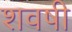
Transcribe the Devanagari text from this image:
शवषी